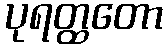
ပုရတ္ထတော